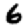
Digit: 6